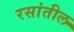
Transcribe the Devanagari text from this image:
रसांतील